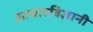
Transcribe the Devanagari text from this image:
आचारविज्ञानी